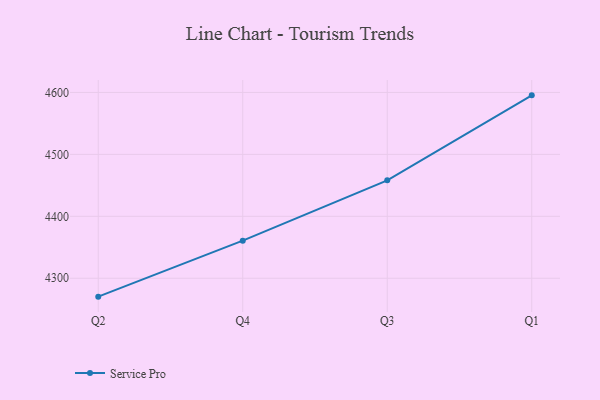
{"axis": {"x": "Quarter", "y": "Page Views"}, "legend": ["Service Pro"], "data": [{"x": "Q2", "y": 4270.3, "type": "Service Pro"}, {"x": "Q4", "y": 4360.7, "type": "Service Pro"}, {"x": "Q3", "y": 4458.1, "type": "Service Pro"}, {"x": "Q1", "y": 4595.3, "type": "Service Pro"}]}